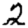
Digit: 2